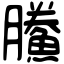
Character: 鰧